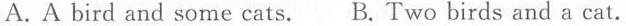
A.A bird and some cats. B.Two birds and a cat.